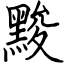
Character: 黢